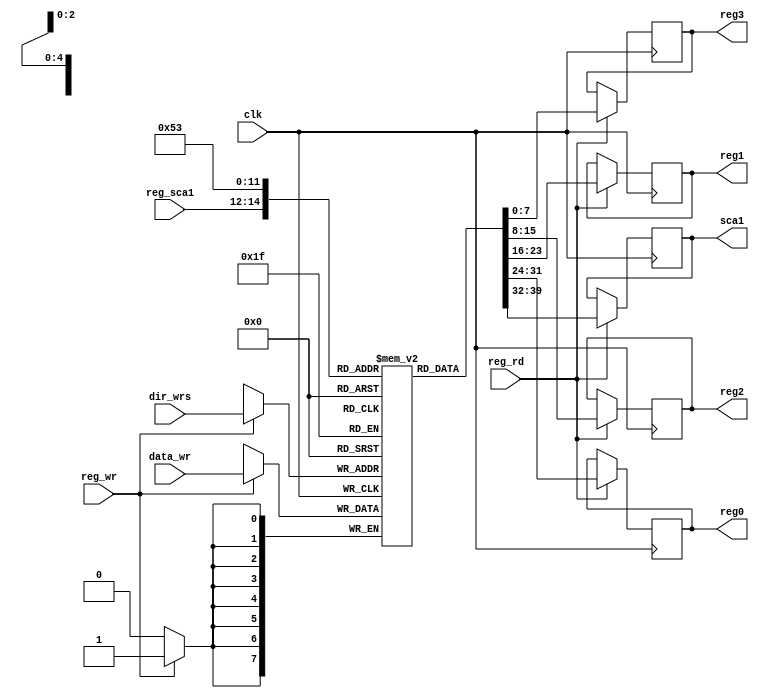
module registros_sca(
clk, // Clock Input
reg_wr, // seal de escritura
reg_rd, //seal de lectura
reg_sca1, //direccion de registro escalar 1
dir_wrs, //direccion de dato a escribir en banco de registros
sca1, //datos del registro escala 1
data_wr, //datos a escribir
reg0,
reg1,
reg2,
reg3
);


//--------------Input Ports-----------------------

input [2:0] reg_sca1;
input [2:0] dir_wrs;


output reg [7:0] sca1,reg0,reg1,reg2,reg3;
input clk;
input reg_wr,reg_rd; // Bandera de control para la escritura en la memoria
input wire [7:0] data_wr; // Dato que se escribe en el write-back

reg [7:0] mem [0:7];


initial begin
    mem[0] <= 0; //
    mem[1] <= 0; // 
    mem[2] <= 0; // 
    mem[3] <= 0; //         
    mem[4] <= 0; //         
    mem[5] <= 0; //         
    mem[6] <= 0; //         
    mem[7] <= 0; //         
end



always @(posedge clk)
begin
	if(reg_rd)begin
    sca1 = mem[reg_sca1];
	 reg0=mem[0];
	 reg1=mem[1];
	 reg2=mem[2];
	 reg3=mem[3];
	 
	 end
	 
end
always @(negedge clk)
begin
	if (reg_wr) begin //si la bandera no esta en 1 ignora la lectura del dato (guardar dato en el banco de registro)
        mem[dir_wrs] <= data_wr;
	end
end

endmodule